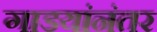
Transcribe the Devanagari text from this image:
गाडयांनंतर